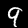
Digit: 9